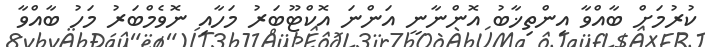
ކުރުމަށް ބާއްވާ އިންތިޚާބު އޮންނާނީ އަންނަ އޮކްޓޫބަރު މަހާއި ނޮވެމްބަރު މަހު ބާއްވާ